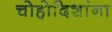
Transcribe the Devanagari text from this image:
चोहोदिशांना